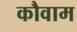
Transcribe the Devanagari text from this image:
कौवाम